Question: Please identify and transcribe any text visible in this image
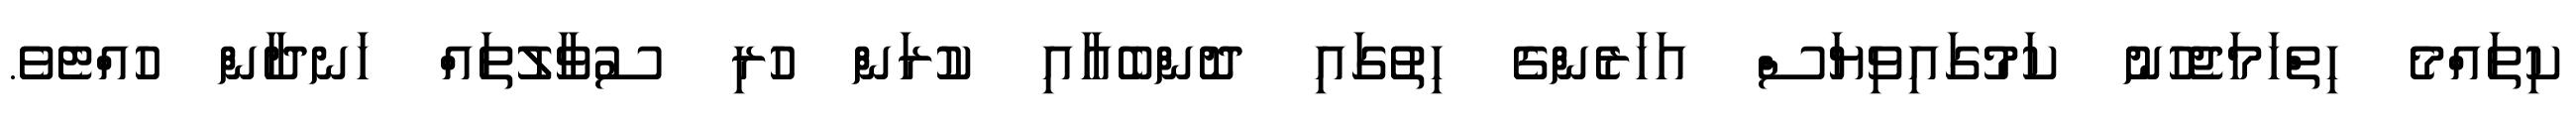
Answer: ކިތައްމެ ހިތްހަމަޖެހުނު ކަމުގައިވިޔަސް އަހަރެންގެ ހިތުގައި ދޮންބެއާއި ކުރަން ހުރި ސުވާލުތައް ހަނދާން ހުއްޓެވެ.